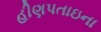
હીણપતાઇના